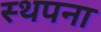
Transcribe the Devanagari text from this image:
स्‍थपना